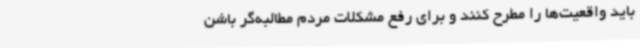
باید واقعیت‌ها را مطرح کنند و برای رفع مشکلات مردم مطالبه‌گر باشن